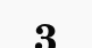
3